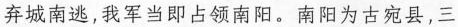
弃城南逃，我军当即占领南阳。南阳为古宛县，三